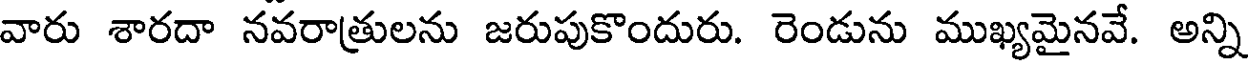
వారు శారదా నవరాత్రులను జరుపుకొందురు. రెండును ముఖ్యమైనవే. అన్ని